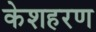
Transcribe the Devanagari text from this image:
केशहरण